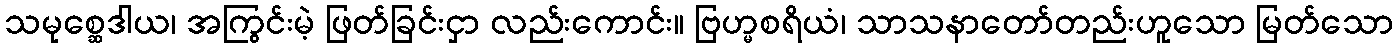
သမုစ္ဆေဒါယ၊ အကြွင်းမဲ့ ဖြတ်ခြင်းငှာ လည်းကောင်း။ ဗြဟ္မစရိယံ၊ သာသနာတော်တည်းဟူသော မြတ်သော